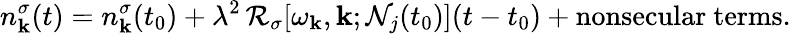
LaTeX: n_{\mathbf{k}}^{\sigma}(t)=n_{\mathbf{k}}^{\sigma}(t_{0})+\lambda^{2}\, \mathcal{R}_{\sigma}[\omega_{\mathbf{k}},\mathbf{k};\mathcal{N}_{j}(t_{0})](t-t_{0})+\mathrm{nonsecular~terms}.